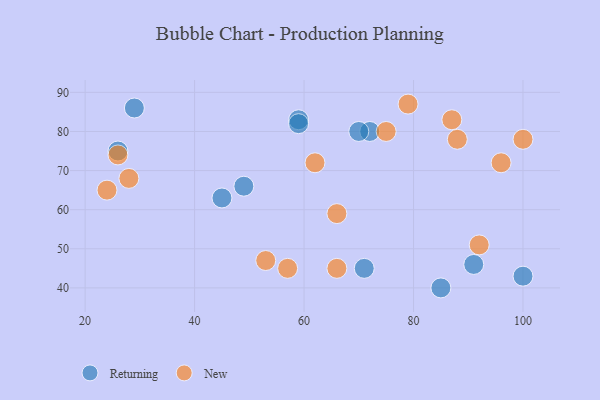
{"axis": {"x": "GDP", "y": "Life Expectancy"}, "legend": ["New", "Returning"], "data": [{"x": "29", "y": 86, "type": "Returning"}, {"x": "85", "y": 40, "type": "Returning"}, {"x": "91", "y": 46, "type": "Returning"}, {"x": "45", "y": 63, "type": "Returning"}, {"x": "100", "y": 43, "type": "Returning"}, {"x": "72", "y": 80, "type": "Returning"}, {"x": "71", "y": 45, "type": "Returning"}, {"x": "59", "y": 83, "type": "Returning"}, {"x": "26", "y": 75, "type": "Returning"}, {"x": "59", "y": 82, "type": "Returning"}, {"x": "70", "y": 80, "type": "Returning"}, {"x": "49", "y": 66, "type": "Returning"}, {"x": "75", "y": 80, "type": "New"}, {"x": "100", "y": 78, "type": "New"}, {"x": "66", "y": 45, "type": "New"}, {"x": "57", "y": 45, "type": "New"}, {"x": "24", "y": 65, "type": "New"}, {"x": "53", "y": 47, "type": "New"}, {"x": "96", "y": 72, "type": "New"}, {"x": "62", "y": 72, "type": "New"}, {"x": "28", "y": 68, "type": "New"}, {"x": "87", "y": 83, "type": "New"}, {"x": "88", "y": 78, "type": "New"}, {"x": "92", "y": 51, "type": "New"}, {"x": "26", "y": 74, "type": "New"}, {"x": "79", "y": 87, "type": "New"}, {"x": "66", "y": 59, "type": "New"}]}